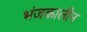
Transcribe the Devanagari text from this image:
भंजकालीन